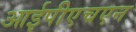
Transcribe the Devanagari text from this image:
आईपीएचएन